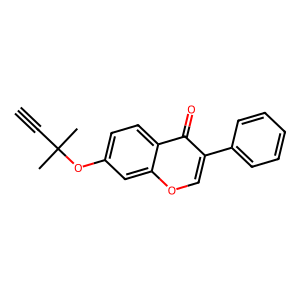
SMILES: C#CC(C)(C)Oc1ccc2c(=O)c(-c3ccccc3)coc2c1
Inhibits HIV replication: No